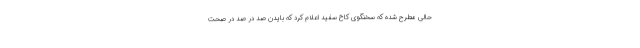
حالی مطرح شده که سخنگوی کاخ سفید اعلام کرد که بایدن صد در صد در صحت